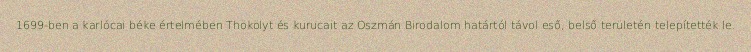
1699-ben a karlócai béke értelmében Thökölyt és kurucait az Oszmán Birodalom határtól távol eső, belső területén telepítették le.